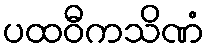
ပထဝီကသိဏံ